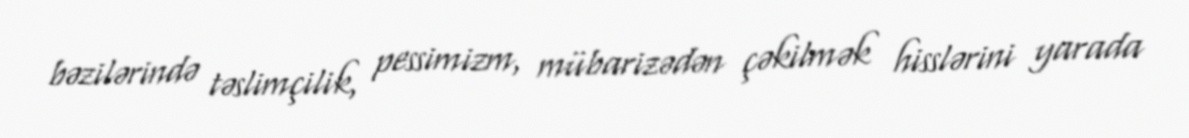
bəzilərində təslimçilik, pessimizm, mübarizədən çəkilmək hisslərini yarada